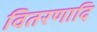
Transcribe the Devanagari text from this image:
वितरणादि